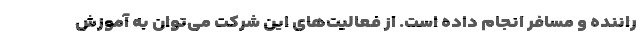
راننده و مسافر انجام داده است. از فعالیت‌های این شرکت می‌توان به آموزش